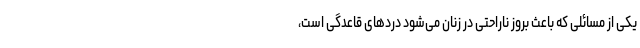
یکی از مسائلی که باعث بروز ناراحتی در زنان می‌شود دردهای قاعدگی است،